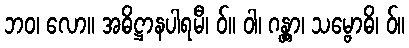
ဘဝ၊ လော။ အဓိဋ္ဌာနပါရမီ၊ ဝ်။ ဝါ၊ ဂန္တွာ၊ သမ္ဗောဓိ၊ ဝ်။